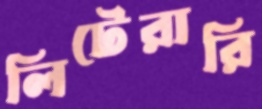
লিটেরারি